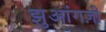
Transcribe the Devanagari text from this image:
झुआंगज़ी